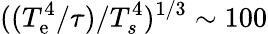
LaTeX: ((T_{\mathrm{e}}^{4}/\tau)/T_{s}^{4})^{1/3}\sim 100